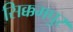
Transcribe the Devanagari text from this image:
सिक्कमपुर